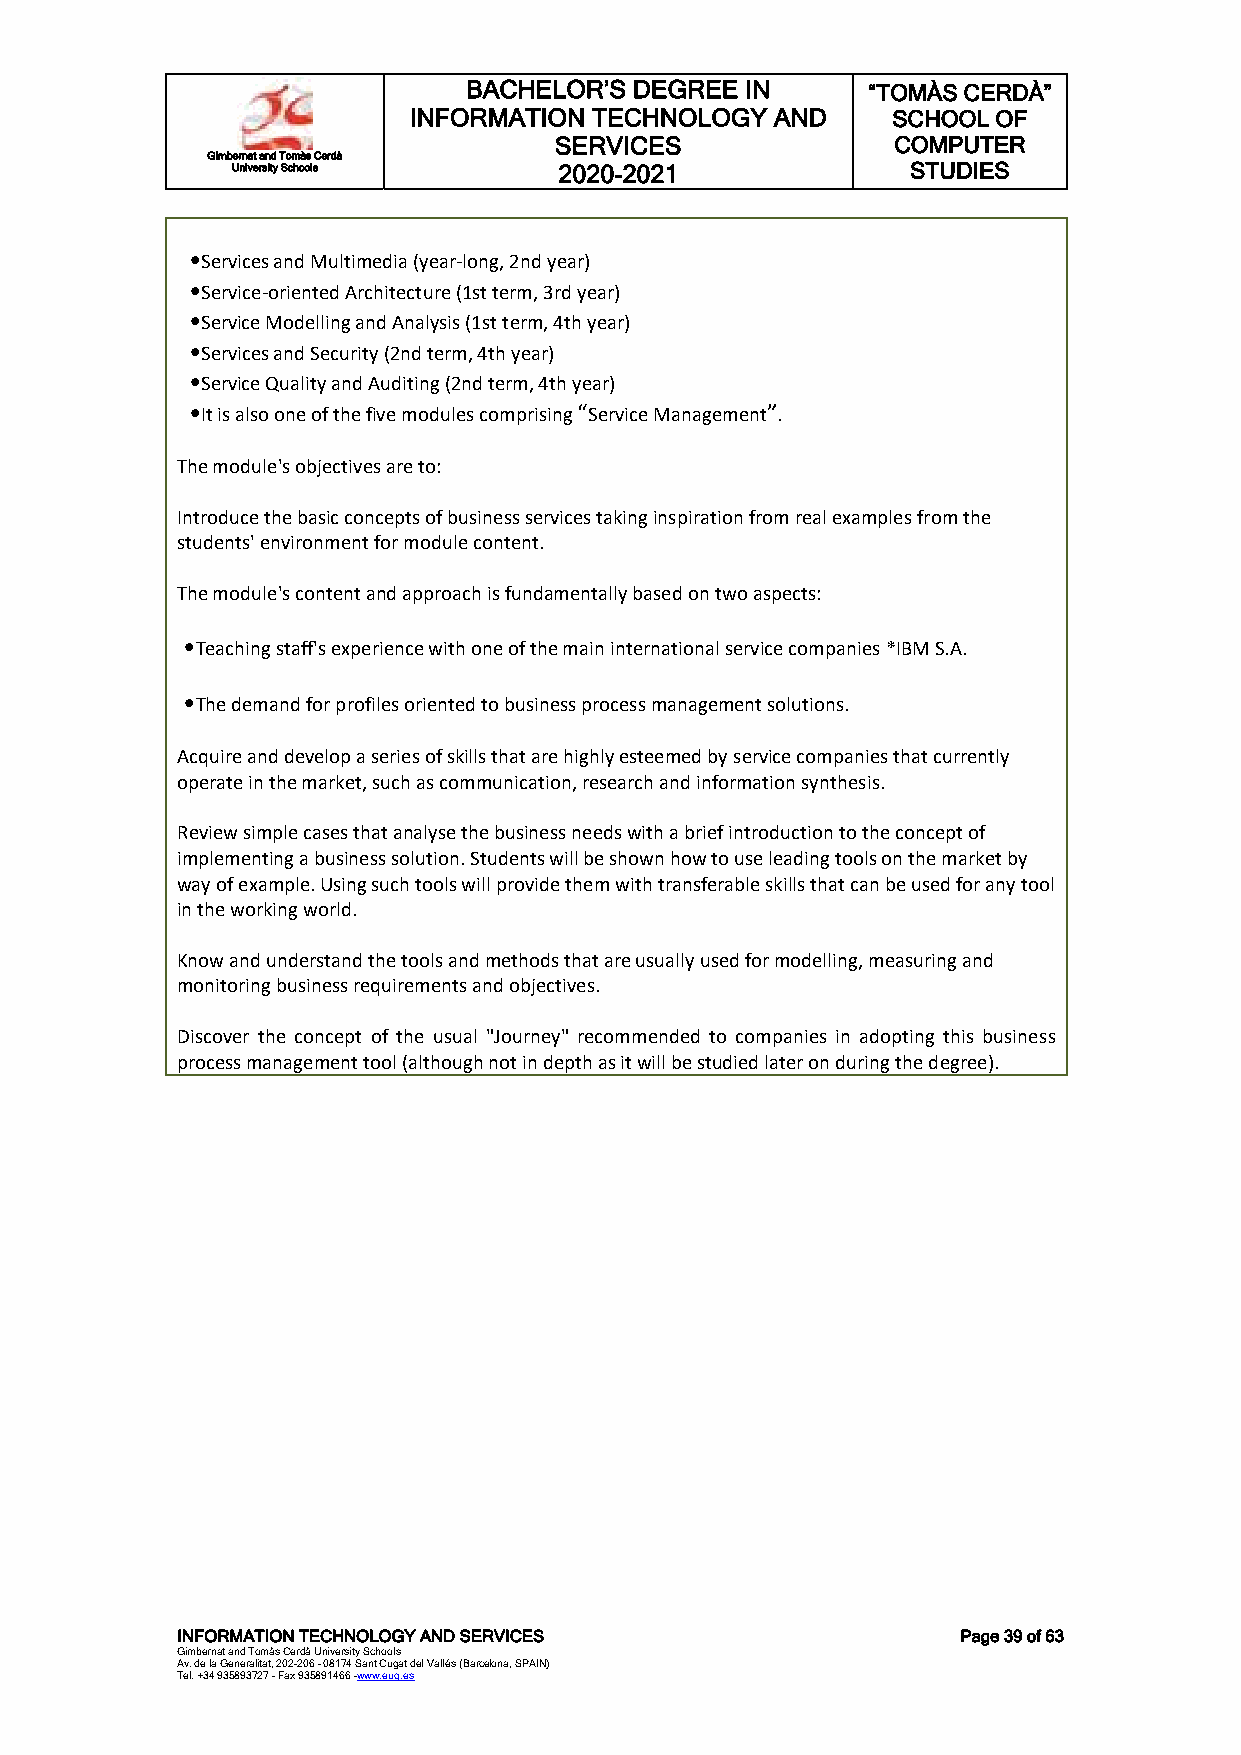
BACHELOR’S DEGREE IN      “TOMÀS CERDÀ”
 INFORMATION TECHNOLOGY  AND     SCHOOL OF
 SERVICES              COMPUTER
 Gimbernat and Tomàs Cerdà
 University Schools    2020-2021              STUDIES
 •Services and Multimedia (year-long, 2nd year)
 •Service-oriented Architecture (1st term, 3rd year)
 •Service Modelling and Analysis (1st term, 4th year)
 •Services and Security (2nd term, 4th year)
 •Service Quality and Auditing (2nd term, 4th year)
 •It is also one of the five modules comprising “Service Management”.
 The module's objectives are to:
 Introduce the basic concepts of business services taking inspiration from real examples from the
 students' environment for module content.
 The module's content and approach is fundamentally based on two aspects:
 •Teaching staff's experience with one of the main international service companies *IBM S.A.
 •The demand for profiles oriented to business process management solutions.
 Acquire and develop a series of skills that are highly esteemed by service companies that currently
 operate in the market, such as communication, research and information synthesis.
 Review simple cases that analyse the business needs with a brief introduction to the concept of
 implementing a business solution. Students will be shown how to use leading tools on the market by
 way of example. Using such tools will provide them with transferable skills that can be used for any tool
 in the working world.
 Know and understand the tools and methods that are usually used for modelling, measuring and
 monitoring business requirements and objectives.
 Discover the concept of the usual "Journey" recommended to companies in adopting this business
 process management tool (although not in depth as it will be studied later on during the degree).
 INFORMATION TECHNOLOGY AND SERVICES                 Page 39 of 63
 Gimbernat and Tomàs Cerdà University Schools
 Av. de la Generalitat, 202-206 - 08174 Sant Cugat del Vallés (Barcelona, SPAIN)
 Tel. +34 935893727 - Fax 935891466 -www.eug.es